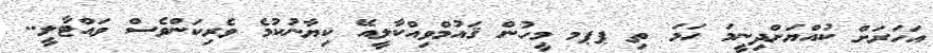
އަހަރަށް ކުއްޔަށްދިނީމަ ހަމަ ތި ޕޕމ މީހުން ޤައުމްވިއްކާލީއޭ ކިޔާނުކުމެ ވެރިކަންވެސް ވައްޓާލީ..